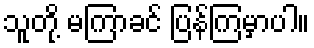
သူတို့ မကြာခင် ပြန်ကြမှာပါ။